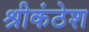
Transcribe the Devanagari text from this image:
श्रीकंठेश